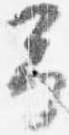
予